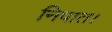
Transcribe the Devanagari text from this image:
निपात।